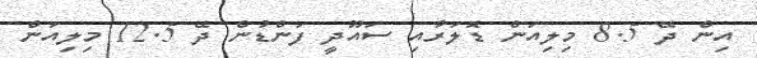
އިން ދޭ 8.5 މިލިއަން ޑޮލަރާއި ސައޫދީ ފަންޑުން ދޭ 12.5 މިލިއަން